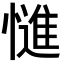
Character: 𭞷